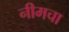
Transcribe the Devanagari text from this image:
नीमचा